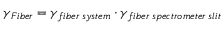
\gamma _ { F i b e r } = \gamma _ { f i b e r \: s y s t e m } \cdot \gamma _ { f i b e r \: s p e c t r o m e t e r \: s l i t }